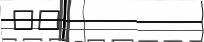
٣٢